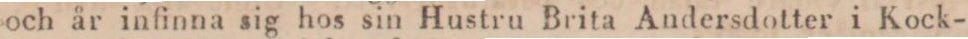
och år infinna sig hos sin Hustru Brita Andersdotter i Kock-